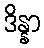
ဒိန္နာ